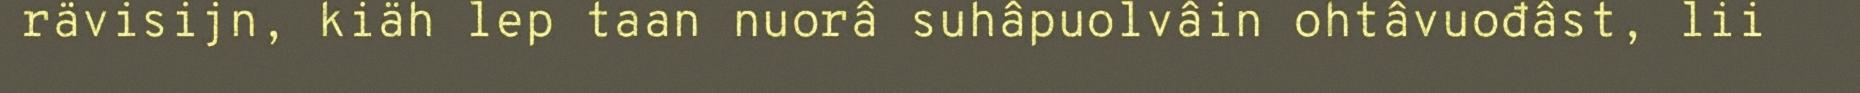
rävisijn, kiäh lep taan nuorâ suhâpuolvâin ohtâvuođâst, lii